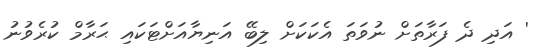
' އަދި ދެ ފަރާތަށް ނުވަތަ އެކަކަށް ލިބޭ އަނިޔާއަށްޓަކައި ޙަރާމް ކުރެވުނު